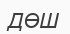
ДӨШ